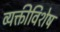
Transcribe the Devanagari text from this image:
व्यक्तीविशेष